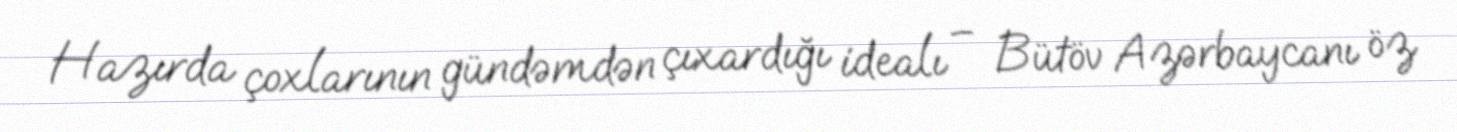
Hazırda çoxlarının gündəmdən çıxardığı idealı – Bütöv Azərbaycanı öz